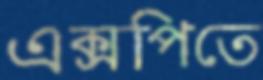
এক্সপিতে